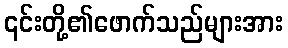
၎င်းတို့၏ဖောက်သည်များအား